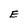
Character: E